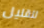
للقليل